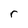
Character: r